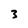
Character: 3